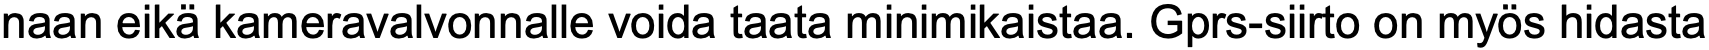
naan eikä kameravalvonnalle voida taata minimikaistaa. Gprs-siirto on myös hidasta